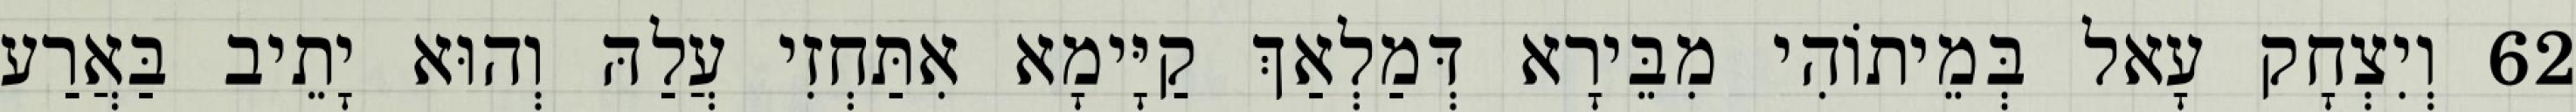
62 וְיִצְחָק עָאל בְּמֵיתוֹהִי מִבֵּירָא דְּמַלְאַךְ קַיָּימָא אִתַּחְזִי עֲלַהּ וְהוּא יָתֵיב בַּאֲרַע